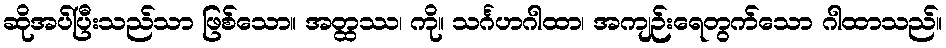
ဆိုအပ်ပြီးသည်သာ ဖြစ်သော။ အတ္ထဿ၊ ကို။ သင်္ဂဟဂါထာ၊ အကျဉ်းရေတွက်သော ဂါထာသည်။